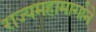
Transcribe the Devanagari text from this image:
राज्यमहामार्गाने